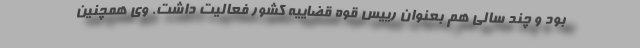
بود و چند سالی هم بعنوان رییس قوه قضاییه کشور فعالیت داشت. وی همچنین